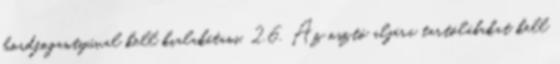
hordfogantyúval kell kialakítani. 2.6. Az osztó aljára tartólábakat kell